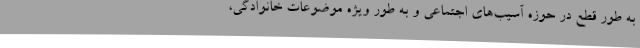
به طور قطع در حوزه آسیب‌های اجتماعی و به طور ویژه موضوعات خانوادگی،